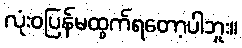
လုံးဝပြန်မထွက်ရတော့ပါဘူး။